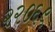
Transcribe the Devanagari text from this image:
२२०६९